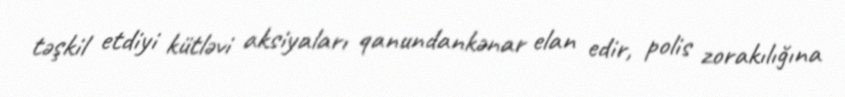
təşkil etdiyi kütləvi aksiyaları qanundankənar elan edir, polis zorakılığına